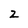
Character: 2